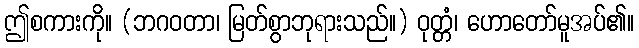
ဤစကားကို။ (ဘဂဝတာ၊ မြတ်စွာဘုရားသည်။) ဝုတ္တံ၊ ဟောတော်မူအပ်၏။